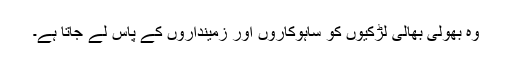
وہ بھولی بھالی لڑکیوں کو ساہوکاروں اور زمینداروں کے پاس لے جاتا ہے۔